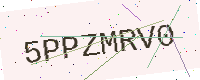
Text: 5PPZMRV0